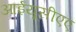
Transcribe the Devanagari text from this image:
आईयूसीएए